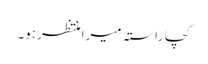
کچا راستہ میرا منتظر ہو۔